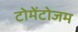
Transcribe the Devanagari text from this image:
टोमेंटोजम